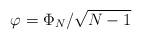
LaTeX: \begin{align*}\varphi = \Phi_{N}/\sqrt{N-1}\end{align*}